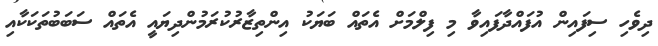
ދިވެހި ސިފައިން އުފައްދާފައިވާ މި ފިލްމަށް އެތައް ބަޔަކު އިންތިޒާރުކުރަމުންދިޔައީ އެތައް ސަބަބުތަކަކާއި